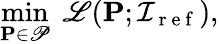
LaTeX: \operatorname*{min}_{\mathbf{P\in\mathscr{P}}}\; \mathscr{L}(\mathbf{P};\mathcal{I}_{\mathrm{~r~e~f~}}),